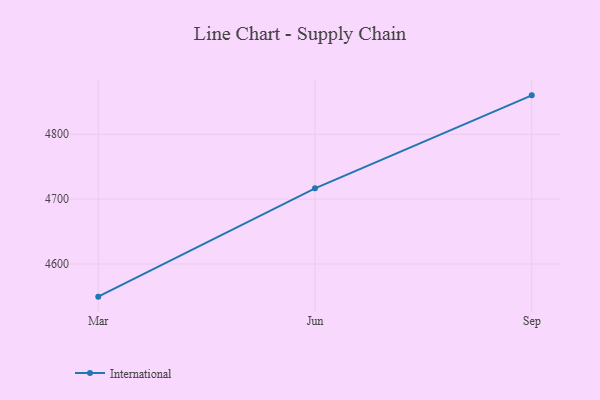
{"axis": {"x": "Month", "y": "Churn Rate (%)"}, "legend": ["International"], "data": [{"x": "Mar", "y": 4549.7, "type": "International"}, {"x": "Jun", "y": 4716.7, "type": "International"}, {"x": "Sep", "y": 4860.0, "type": "International"}]}